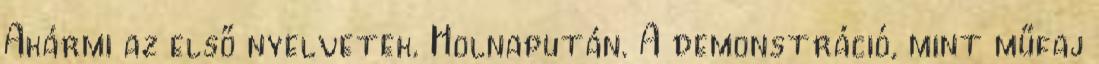
Akármi az első nyelvetek. Holnapután. A demonstráció, mint műfaj